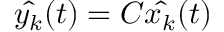
{ \hat { y _ { k } } } ( t ) = C { \hat { x _ { k } } } ( t )